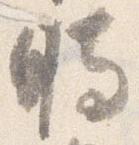
時